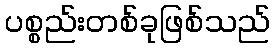
ပစ္စည်းတစ်ခုဖြစ်သည်